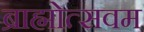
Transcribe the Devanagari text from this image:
ब्राह्मोत्सवम